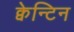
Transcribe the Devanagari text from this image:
क्वेन्टिन